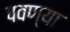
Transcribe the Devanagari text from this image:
पवण्या